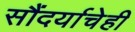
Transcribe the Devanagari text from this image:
सौंदर्याचेही